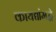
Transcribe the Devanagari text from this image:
कायद्यांमद्धे